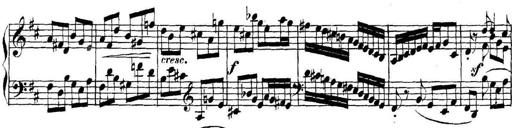
Title: Collected Piano Sonatas
Composer: Muzio Clementi